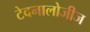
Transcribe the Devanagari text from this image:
टेक्नालोजीज